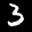
Label: 3